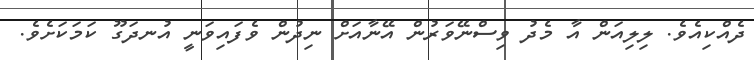
ދެއްކިއެވެ. ލިލިއަން އާ މެދު ވިސްނޭވަރުން އޭނާއަށް ނިދުން ވެފައިވަނީ އުނދަގޫ ކަމަކަށެވެ.